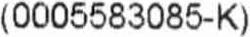
(0005583085-K)